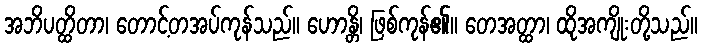
အဘိပတ္ထိတာ၊ တောင့်တအပ်ကုန်သည်။ ဟောန္တိ၊ ဖြစ်ကုန်၏။ တေအတ္ထာ၊ ထိုအကျိုးတို့သည်။